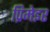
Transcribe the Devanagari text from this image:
प्रिमेइर